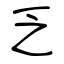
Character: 乏